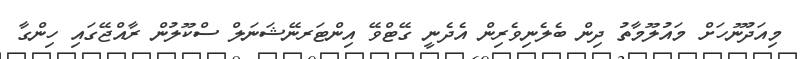
މިއަދުނޫހަށް މައުލޫމާތު ދިން ބެލެނިވެރިން އެދެނީ ގޭޓްވޭ އިންޓަރނޭޝަނަލް ސްކޫލުން ރާއްޖޭގައި ހިންގާ